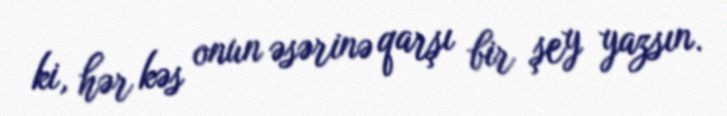
ki, hər kəs onun əsərinə qarşı bir şey yazsın.